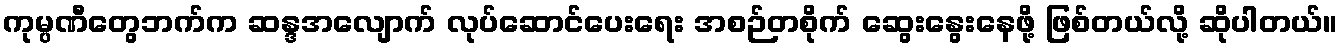
ကုမ္ပဏီတွေဘက်က ဆန္ဒအလျောက် လုပ်ဆောင်ပေးရေး အစဉ်တစိုက် ဆွေးနွေးနေဖို့ ဖြစ်တယ်လို့ ဆိုပါတယ်။